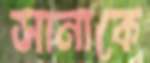
সানাকে